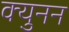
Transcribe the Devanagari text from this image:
क्युनन